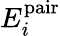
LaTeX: E_{i}^{\mathrm{pair}}